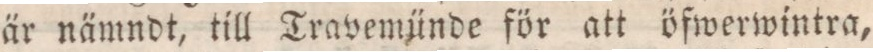
är nämndt, till Travemünde för att öfwerwintra,